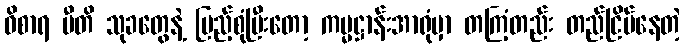
ဝိစာရ ပီတိ သုခတွေနဲ့ ပြည့်စုံပြီးတော့ ကမ္မဋ္ဌာန်းအာရုံမှာ တကြံ့တည်း တည်ငြိမ်နေတဲ့